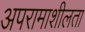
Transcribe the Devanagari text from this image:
अपरामाशीलता